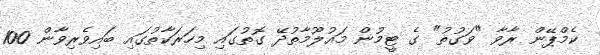
ކެމްޕޭން ރާވާ "ވަގުތު" ގެ ޓީމުން މައުލޫމާތުދޭ ގޮތުގައި މިހަރަކާތުގައި ބައިވެރިވާން 100